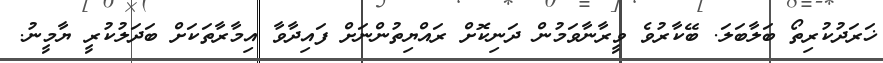
ޚަރަދުކުރިތޯ ބަލާބަލަ. ބޭކާރުވެ ވީރާނާވަމުން ދަނިކޮށް ރައްޔިތުންނަށް ފައިދާވާ އިމާރާތަކަށް ބަދަލުކުރީ ޔާމީނު.